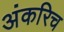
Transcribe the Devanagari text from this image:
अंकरिच